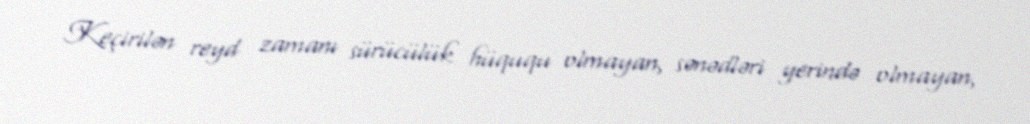
Keçirilən reyd zamanı sürücülük hüququ olmayan, sənədləri yerində olmayan,